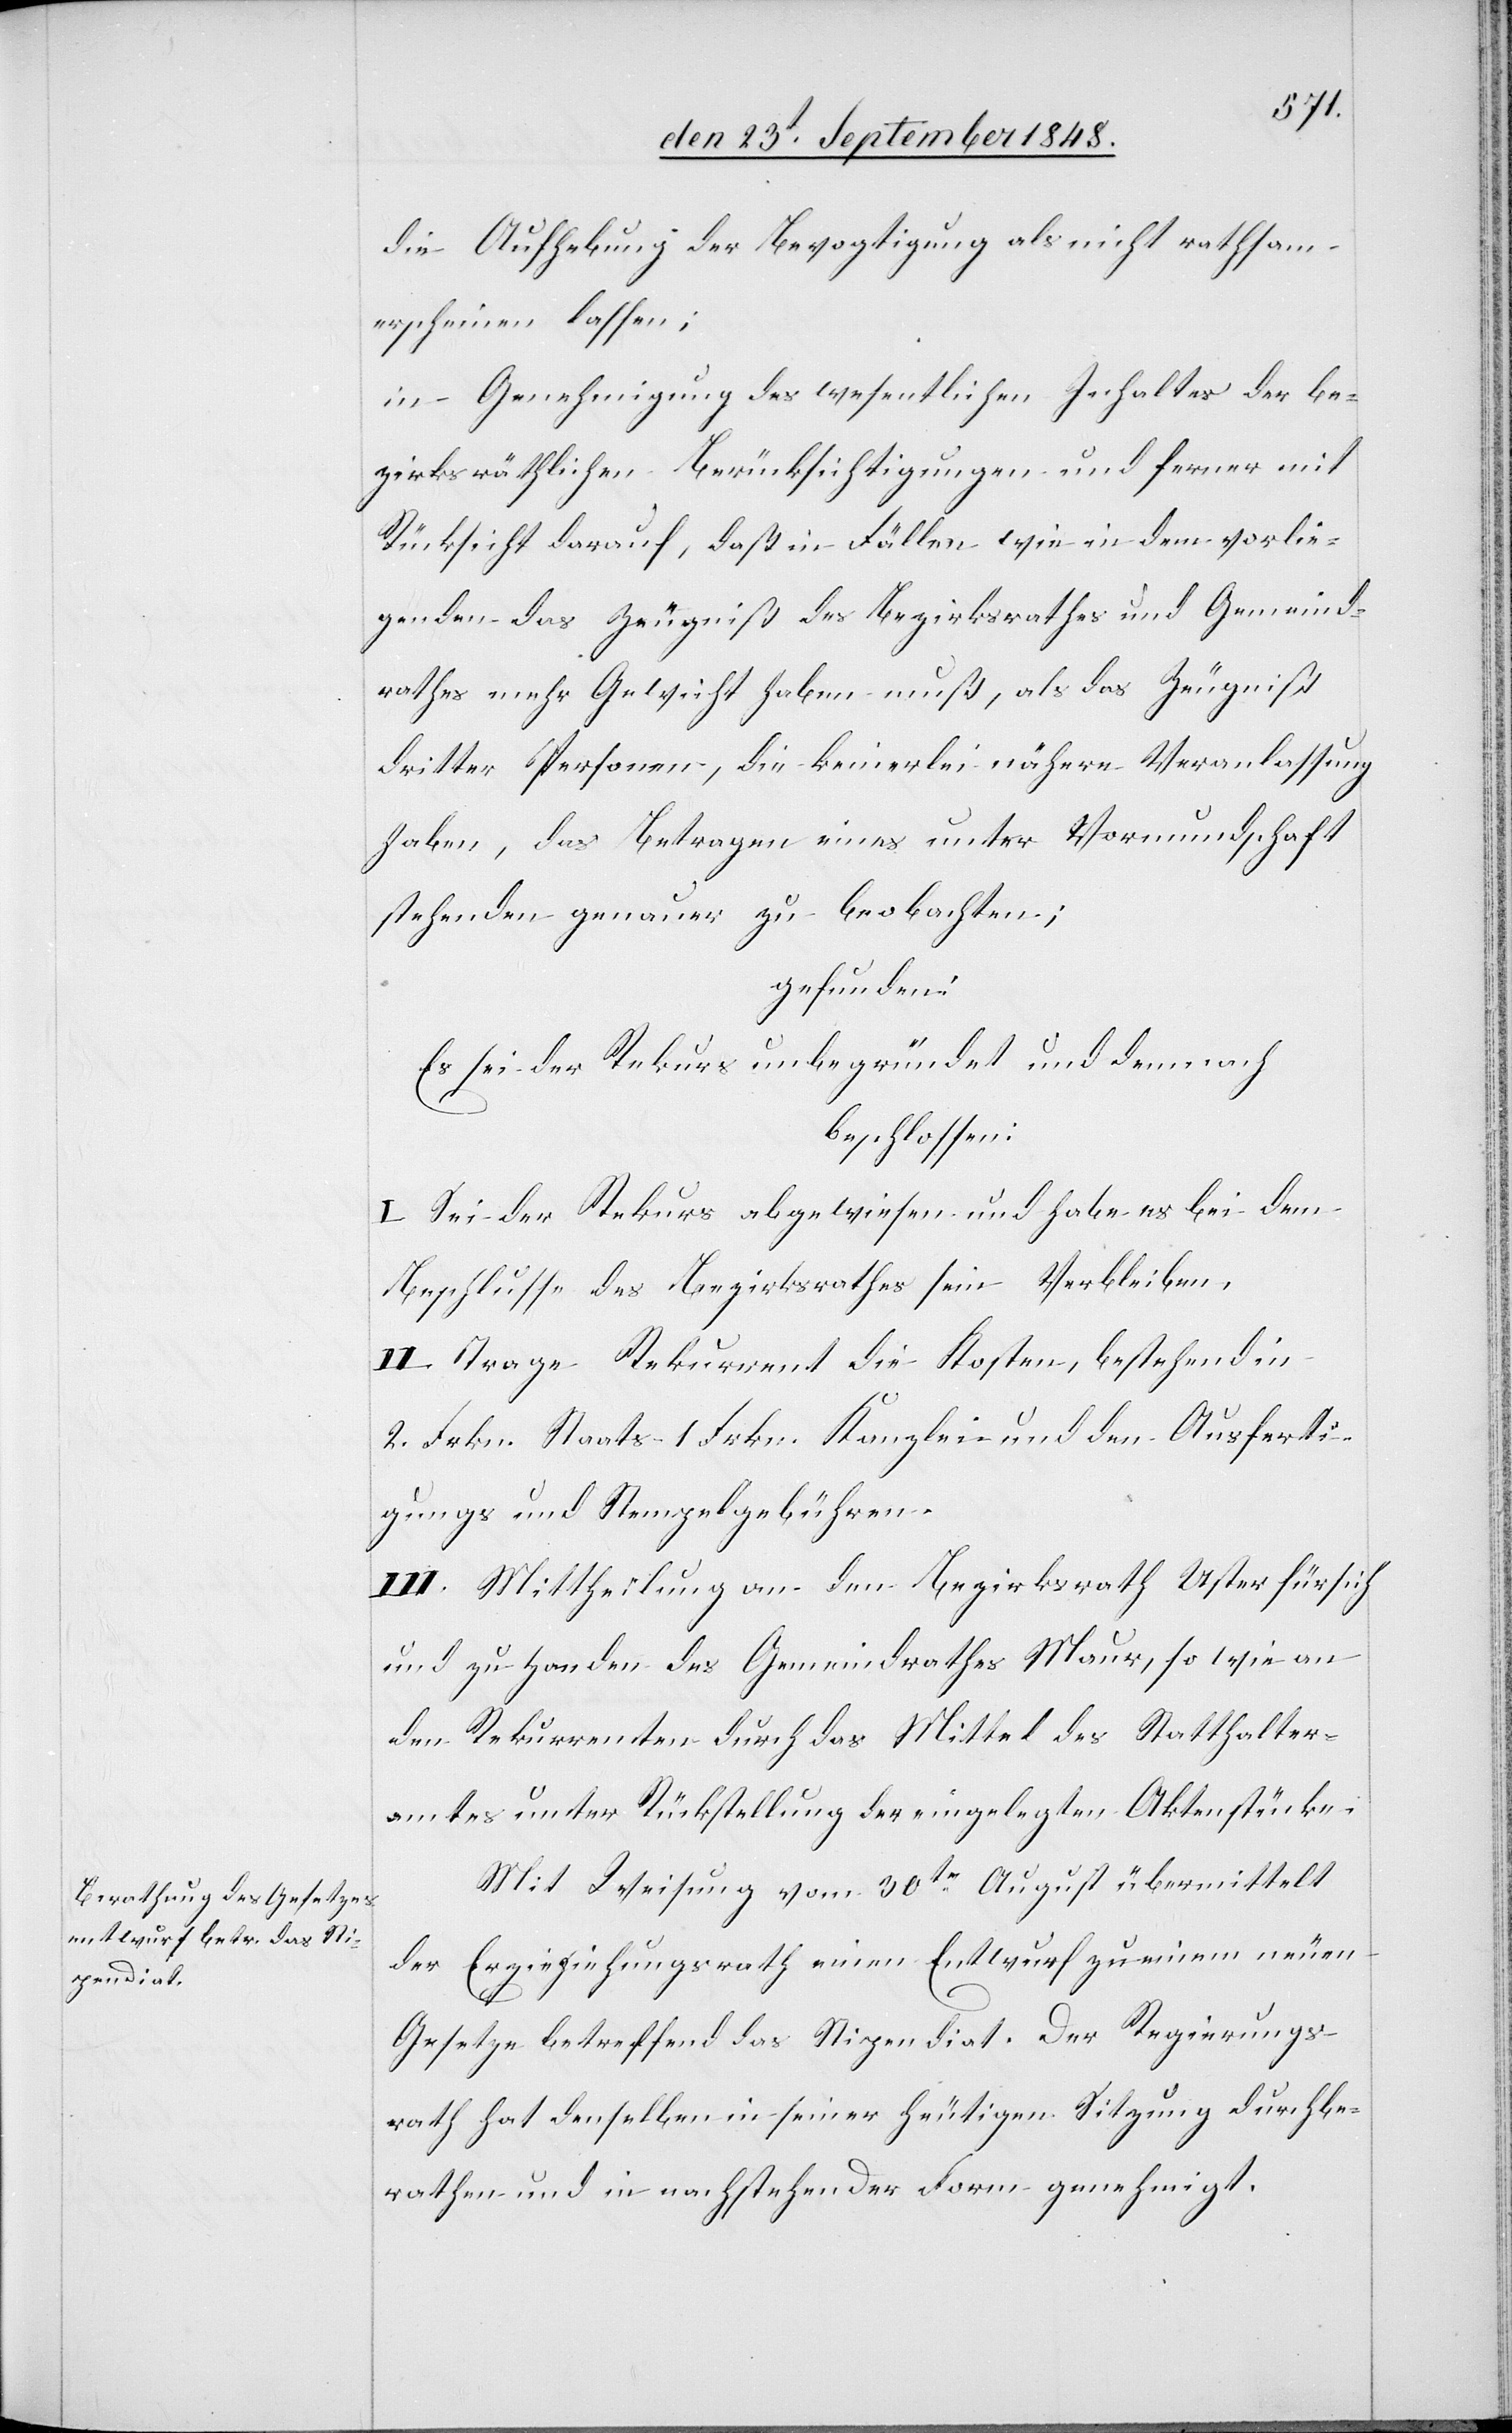
die Aufhebung der Bevogtigung als nicht rathsam
erscheinen lassen;
in Genehmigung des wesentlichen Inhaltes der be¬
zirksräthlichen Berücksichtigungen und ferner mit
Rücksicht darauf, daß in Fällen wie in dem vorlie¬
genden das Zeugniß des Bezirksrathes und Gemeind¬
rathes mehr Gewicht haben muß, als das Zeugniß
dritter Personen, die keinerlei nähere Veranlassung
heben, das Betragen eines unter Vormundschaft
stehenden genauer zu beobachten;
gefunden:
Es sei der Rekurs unbegründet und demnach
beschlossen:
I. Sei der Rekurs abgewiesen und habe es bei dem
Beschluß des Bezirksrathes sein Verbleiben.
II. Trage Rekurrent die Kosten, bestehend in
2. Frkn. Staats- 1. Frkn. Kanzlei. und den Ausferti¬
gungs[-] und Stempelgebühren.
III. Mittheilung an den Bezirksrath Uster für sich
und zu Handen des Gemeindrathes Maur, so wie an
den Rekurrenten durch das Mittel des Statthalter¬
amtes unter Rückstellung der eingelegten Aktenstücke.
Mit Weisung vom 30t August übermittelt
der Erziehungsrath einen Entwurf zu einem neuen
Gesetze betreffend das Stipendiat. Der Regierungs¬
rath hat denselben in seiner heutigen Sitzung durchbe¬
rathen und in nachstehender Form genehmigt.